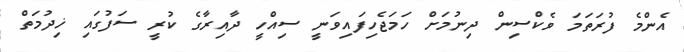
އެންމެ ފުރަތަމަ ވެކްސިން ދިނުމަށް ހަމަޖެހިފައިވަނީ ސިއްހީ ދާއިރާގެ ކުރީ ސަފުގައި ޚިދުމަތް